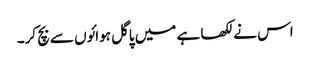
اس نے لکھا ہے میں پاگل ہوائوں سے بچ کر۔